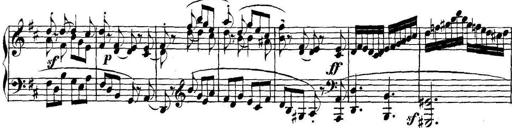
Title: Collected Piano Sonatas
Composer: Muzio Clementi